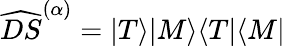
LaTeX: \widehat{DS}^{(\alpha)}=|T\rangle|M\rangle\langle T|\langle M|